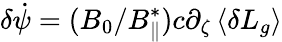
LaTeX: \delta\dot{\psi}=(B_{0}/B_{\parallel}^{*})c\partial_{\zeta}\left\langle\delta L_{g}\right\rangle